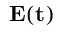
\bf E ( t )